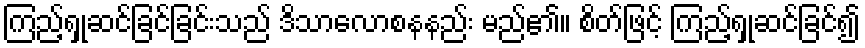
ကြည့်ရှုဆင်ခြင်ခြင်းသည် ဒိသာလောစနနည်း မည်၏။ စိတ်ဖြင့် ကြည့်ရှုဆင်ခြင်၍